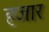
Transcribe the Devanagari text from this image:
हजार